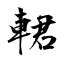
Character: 輑